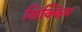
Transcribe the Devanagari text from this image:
सिक्किम